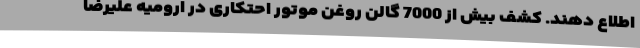
اطلاع دهند. کشف بیش از 7000 گالن روغن موتور احتکاری در ارومیه علیرضا